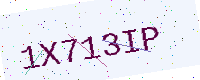
Text: 1X713IP